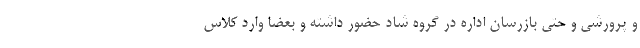
و پرورشی و حتی بازرسان اداره در گروه شاد حضور داشته و بعضا وارد کلاس